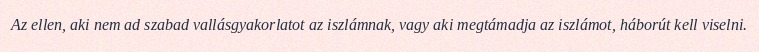
Az ellen, aki nem ad szabad vallásgyakorlatot az iszlámnak, vagy aki megtámadja az iszlámot, háborút kell viselni.